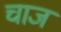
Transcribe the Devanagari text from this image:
चाज